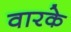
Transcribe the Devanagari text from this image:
वारके